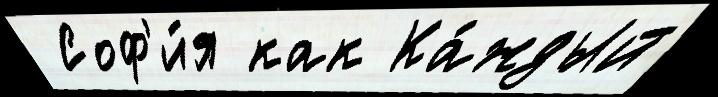
 Соф'и́я как Ка́ждый